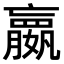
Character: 𫲓